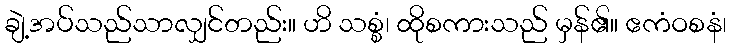
ချဲ့အပ်သည်သာလျှင်တည်း။ ဟိ သစ္စံ၊ ထိုစကားသည် မှန်၏။ ဧကံဝစနံ၊